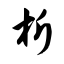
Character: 析